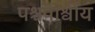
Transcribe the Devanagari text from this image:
पश्चपार्श्वीय